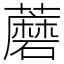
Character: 蘑